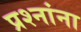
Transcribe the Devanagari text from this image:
प्रश्‍नांना